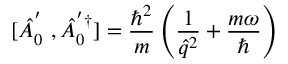
[ \hat { A } _ { 0 } ^ { ' \phantom { \dagger } } , \hat { A } _ { 0 } ^ { ' \dagger } ] = \frac { \hbar ^ { 2 } } { m } \left( \frac { 1 } { \hat { q } ^ { 2 } } + \frac { m \omega } { \hbar } \right)